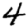
Digit: 4